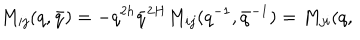
LaTeX: M _ { i j } ( q , \bar { q } ) = - q ^ { 2 h } \bar { q } ^ { 2 H } M _ { i j } ( q ^ { - 1 } , \bar { q } ^ { - 1 } ) = M _ { j i } ( q ,